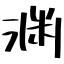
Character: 渊